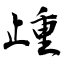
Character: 歱